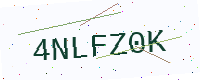
Text: 4NLFZ0K